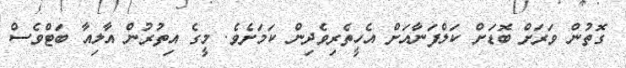
ގޮތުން ވަރަށް ބޮޑަށް ކަލްފަނާއަށް އެހީތެރިވެދިން ކަމަށެވެ. މީގެ އިތުރުން އާލިއާ ބަޓްވެސް